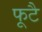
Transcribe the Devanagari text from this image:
फूटै